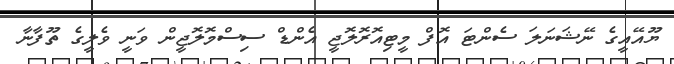
ޔޫއޭއީގެ ނޭޝަނަލަ ސެންޓަ އޮފް މީޓިއޮރޮލޮޖީ އެންޑް ސިސްމޮލޮޖީން ވަނީ ވެލީގެ ތޫފާނާ